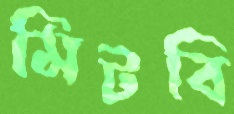
মিটবি